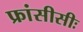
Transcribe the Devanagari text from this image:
फ्रांसीसीः